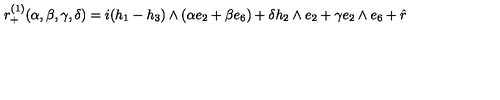
r _ { + } ^ { ( 1 ) } ( \alpha , \beta , \gamma , \delta ) = i ( h _ { 1 } - h _ { 3 } ) \wedge ( \alpha e _ { 2 } + \beta e _ { 6 } ) + \delta h _ { 2 } \wedge e _ { 2 } + \gamma e _ { 2 } \wedge e _ { 6 } + \hat { r }